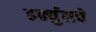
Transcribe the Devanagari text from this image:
हर्क्युलचे